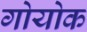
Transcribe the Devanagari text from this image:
गोयोक